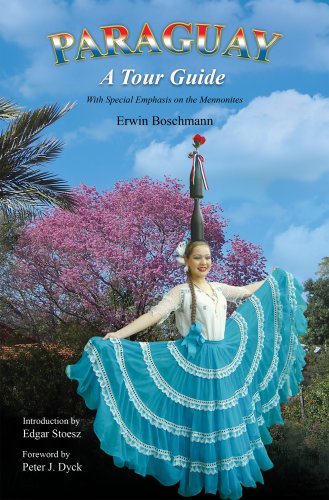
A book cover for Paraguay - A Tour Guide; Erwin Boschmann; Travel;